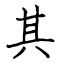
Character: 其